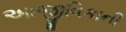
આજીવિકાની